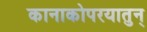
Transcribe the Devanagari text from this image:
कानाकोपरयातुन्